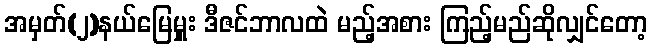
အမှတ်(၂)နယ်မြေမှူး ဒီဇင်ဘာလထဲ မည့်အစား ကြည့်မည်ဆိုလျှင်တော့